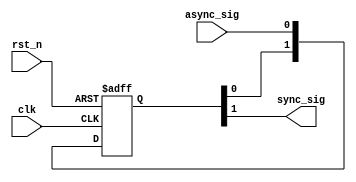
//===========================================================================//
//
// Description: A synchronizer for crossing clock domains
//
//===========================================================================//

module sync (
  input   wire   clk,
  input   wire   rst_n,
  input   wire   async_sig,
  output  wire   sync_sig
);

parameter NUM_FFS = 'd2;

// Registers to synchronize the incoming signal
reg [NUM_FFS-1:0] ffs;

// sync_sig is the last ff in the chain
assign sync_sig = ffs[NUM_FFS-1];

// At each rising edge, shift the async_sig in
always @(posedge clk or negedge rst_n) begin
  if (~rst_n) begin
    ffs <= {NUM_FFS{1'b0}};
  end else begin
    ffs <= {ffs[NUM_FFS-2:0],async_sig};
  end
end 

endmodule